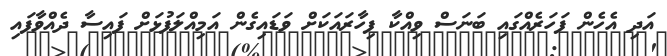
އަދި އެހެން ފަހަރެއްގައި ބަނަސް ވިއްކާ ފިހާރައަކަށް ވަޑައިގެން އަމިއްލަފުޅަށް ފައިސާ ދެއްވާފައި